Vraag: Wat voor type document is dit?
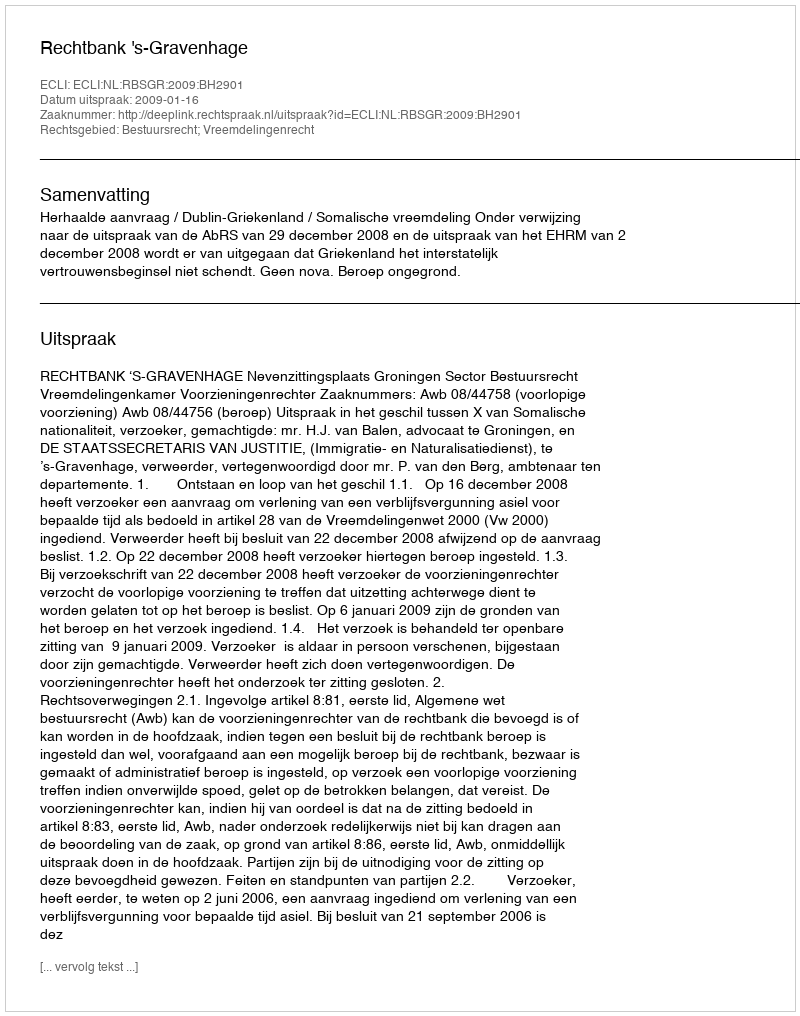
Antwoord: Uitspraak